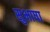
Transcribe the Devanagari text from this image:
सुभाषा